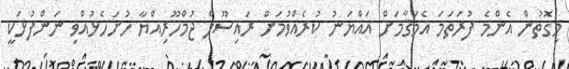
މިގޮތުން އެންމެ ފުރަތަމަ އެމަޤާމަށް އައްޔަނު ކުރެއްވުމަށް ރައިސޫލް ޖުމްހޫރިއްޔާ ހުށަހެޅުއްވި ނަންފުޅަކީ